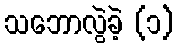
သဘောလွဲခဲ့ (၁)